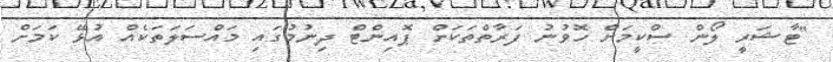
"ޓާޝަރީ ލޯން ސްކީމަށް ހޮވުނު ފަރާތްތަކަށް ޕޮއިންޓް ދިނުމުގައި މައްސަލަތަކެއް އުޅޭ ކަމަށް